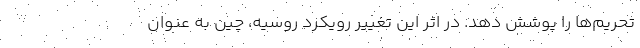
تحریم‌ها را پوشش دهد. در اثر این تغییر رویکرد روسیه، چین به عنوان